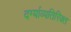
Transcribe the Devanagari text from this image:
दर्ग्याव्यतिरिक्त